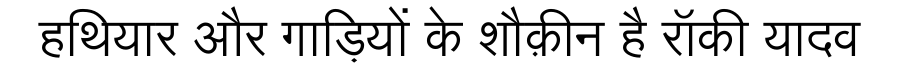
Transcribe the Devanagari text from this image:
हथियार और गाड़ियों के शौक़ीन है रॉकी यादव